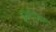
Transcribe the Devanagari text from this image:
इक्वीटेबल